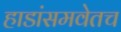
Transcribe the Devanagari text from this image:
हाडांसमवेतच